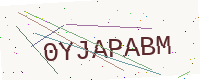
Text: 0YJAPABM